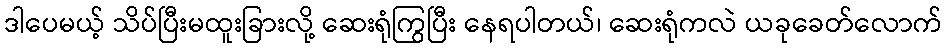
ဒါပေမယ့် သိပ်ပြီးမထူးခြားလို့ ဆေးရုံကြွပြီး နေရပါတယ်၊ ဆေးရုံကလဲ ယခုခေတ်လောက်